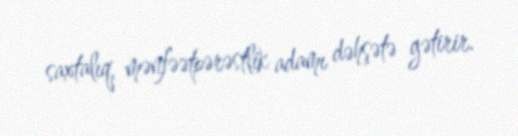
saxtalıq, mənfəətpərəstlik adamı dəhşətə gətirir.